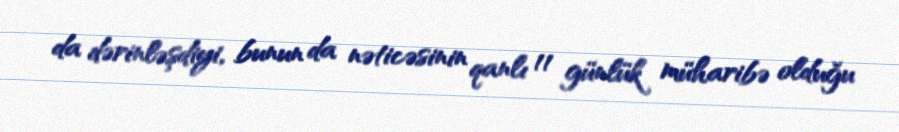
da dərinləşdiyi, bunun da nəticəsinin qanlı 11 günlük müharibə olduğu